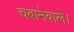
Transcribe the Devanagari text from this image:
चबानेवाले।